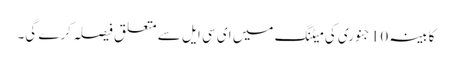
کابینہ 10 جنوری کی میٹنگ میں ای سی ایل سے متعلق فیصلہ کرے گی۔